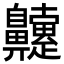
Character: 䶑